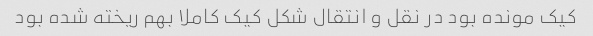
کیک مونده بود در نقل و انتقال شکل کیک کاملا بهم ریخته شده بود